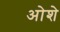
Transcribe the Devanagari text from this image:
ओशे